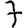
Digit: 7